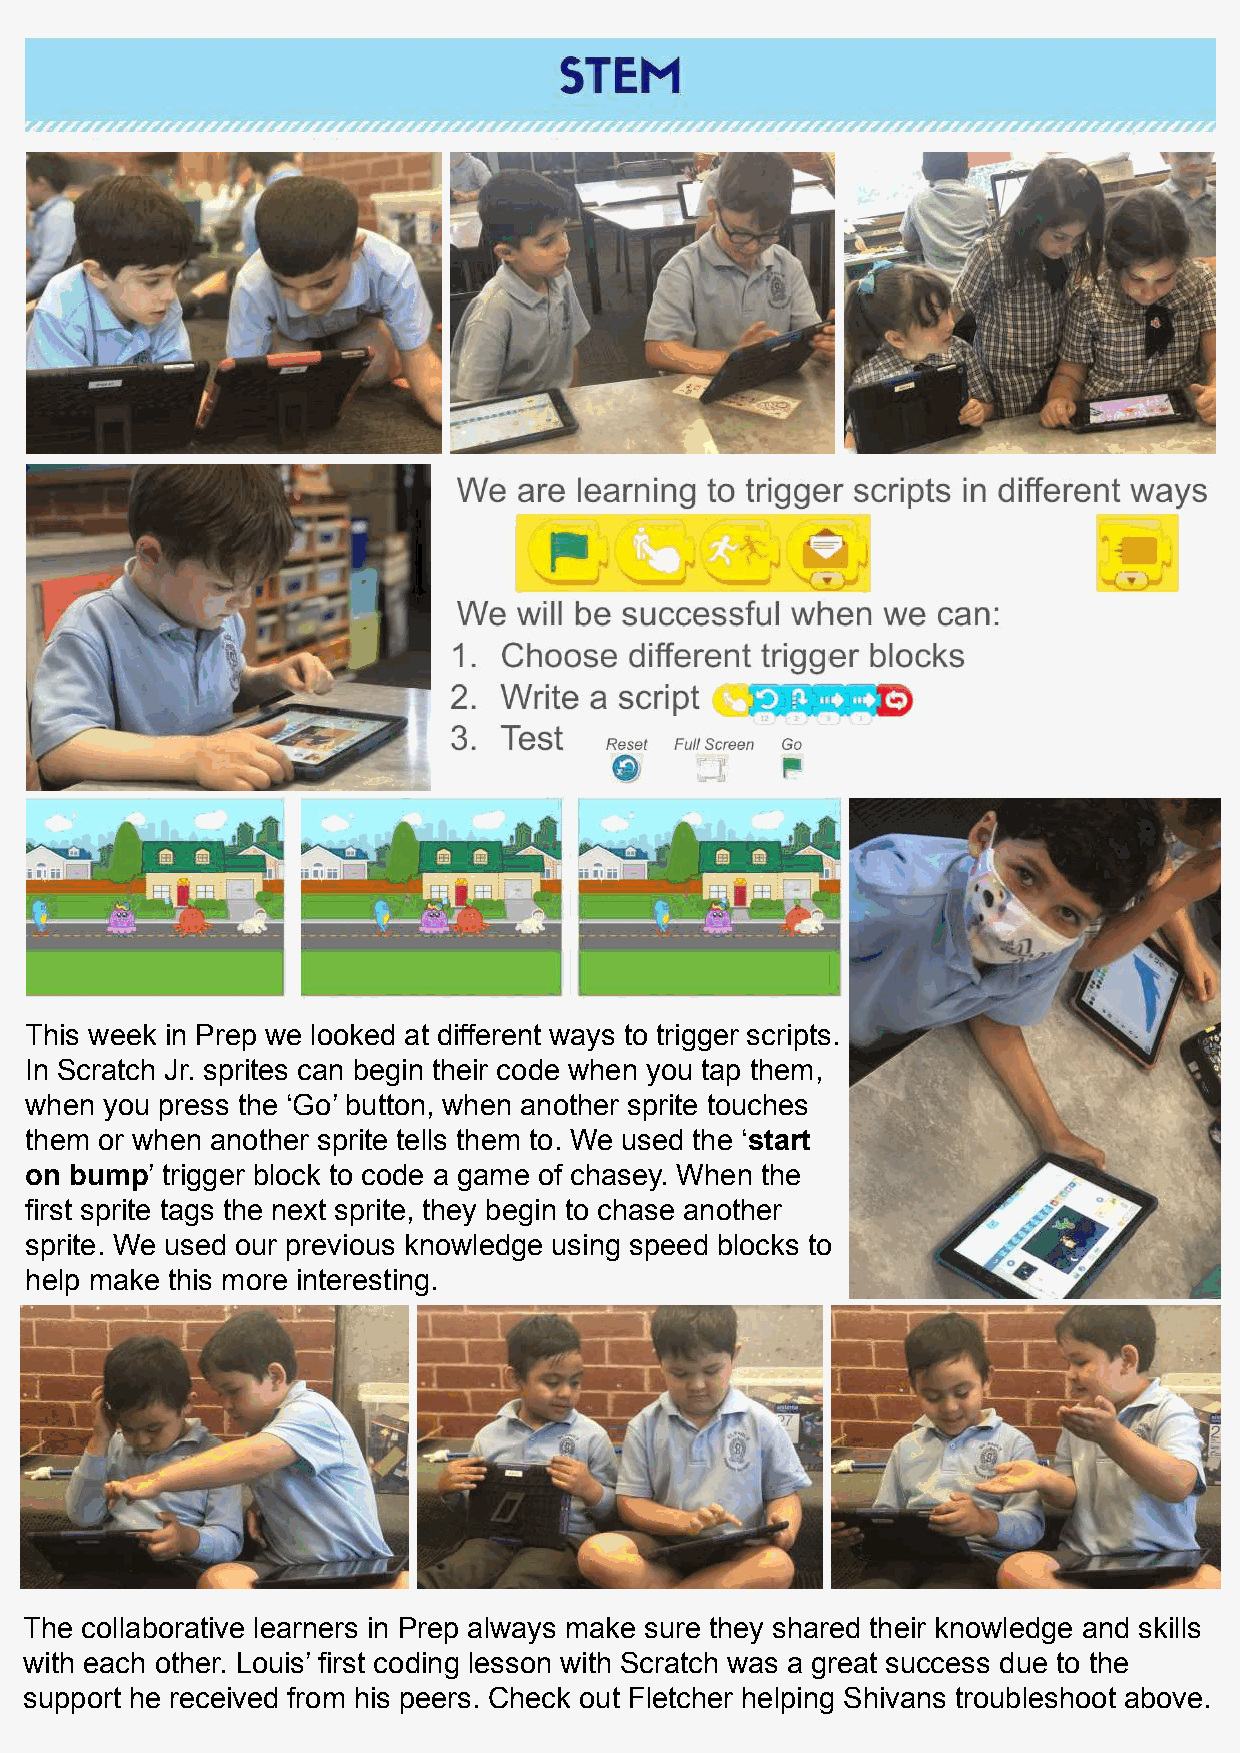
This week in Prep we looked at different ways to trigger scripts.
 In Scratch Jr. sprites can begin their code when you tap them,
 when you press the ‘Go’ button, when another sprite touches
 them or when another sprite tells them to. We used the ‘start
 on bump’ trigger block to code a game of chasey. When the
 first sprite tags the next sprite, they begin to chase another
 sprite. We used our previous knowledge using speed blocks to
 help make this more interesting.
 The collaborative learners in Prep always make sure they shared their knowledge and skills
 with each other. Louis’ first coding lesson with Scratch was a great success due to the
 support he received from his peers. Check out Fletcher helping Shivans troubleshoot above.